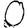
Digit: 0